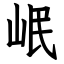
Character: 岷